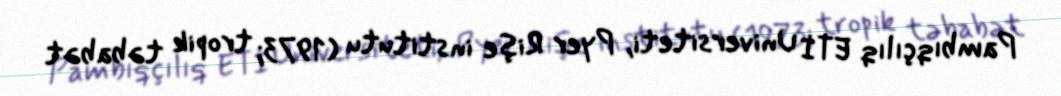
Pambıqçılıq ETİ Universiteti, Pyer Rişe institutu (1973; tropik təbabət